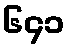
၆၄၁